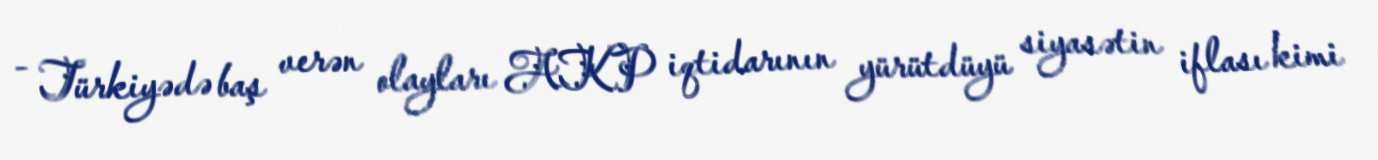
- Türkiyədə baş verən olayları AKP iqtidarının yürütdüyü siyasətin iflası kimi